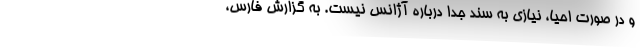
و در صورت احیا، نیازی به سند جدا درباره آژانس نیست. به گزارش فارس،